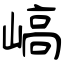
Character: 嵪